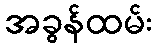
အခွန်ထမ်း